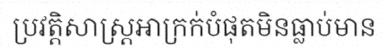
ប្រវត្តិសាស្ត្រអាក្រក់បំផុតមិនធ្លាប់មាន